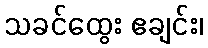
သခင်ထွေး ဧချင်း၊